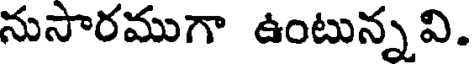
నుసారముగా ఉంటున్నవి.